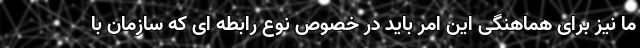
ما نیز برای هماهنگی این امر باید در خصوص نوع رابطه ای که سازمان با